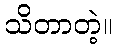
သိတာတဲ့။